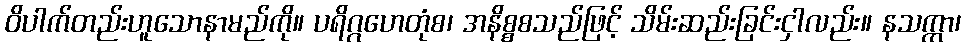
ဝိပါက်တည်းဟူသောနာမည်ကို။ ပရိဂ္ဂဟေတုံစ၊ အနိစ္စစသည်ဖြင့် သိမ်းဆည်းခြင်းငှါလည်း။ နသက္ကာ၊